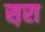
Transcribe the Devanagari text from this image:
स़रा